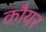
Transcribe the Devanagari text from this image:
कौयर